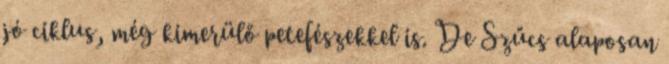
jó ciklus, még kimerülő petefészekkel is. De Szűcs alaposan